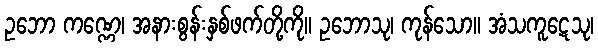
ဥဘော ကဏ္ဏေ၊ အနားစွန်းနှစ်ဖက်တို့ကို။ ဥဘောသု၊ ကုန်သော။ အံသကူဋေသု၊